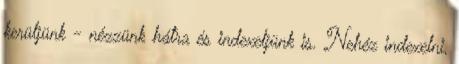
kerüljünk - nézzünk hátra és indexeljünk is. Nehéz indexelni,